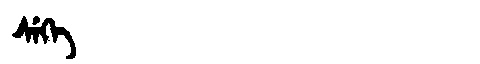
Manchu: ᠰᡝᡴᡝ
Romanization: SEKE